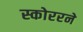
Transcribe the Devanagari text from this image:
स्कोररने